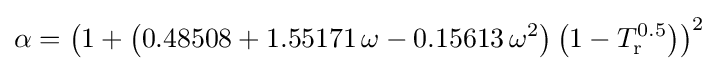
\alpha =\left(1+\left(0.48508+1.55171\,\omega -0.15613\,\omega ^{2}\right)\left(1-T_{\text{r}}^{0.5}\right)\right)^{2}